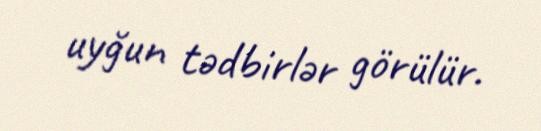
uyğun tədbirlər görülür.